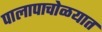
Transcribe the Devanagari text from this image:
पालापाचोळयात